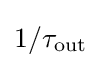
1/\tau _{\rm {out}}